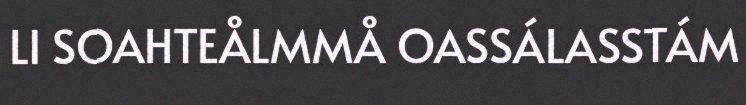
LI SOAHTEÅLMMÅ OASSÁLASSTÁM